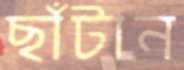
ছাঁটান